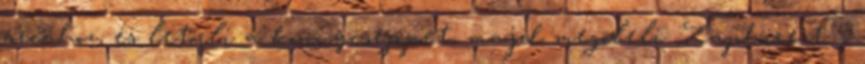
arcához, és letörli a könnycseppet, majd megöleli Zaphire-t. -